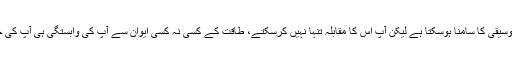
سیاست میں اکثر ناگوار موسیقی کا سامنا ہوسکتا ہے لیکن آپ اس کا مقابلہ تنہا نہیں کرسکتے، طاقت کے کسی نہ کسی ایوان سے آپ کی وابستگی ہی آپ کی جان بخشی کرواسکتی ہے۔